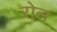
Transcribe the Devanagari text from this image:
ऱोल